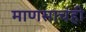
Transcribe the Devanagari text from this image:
माणसाचंही